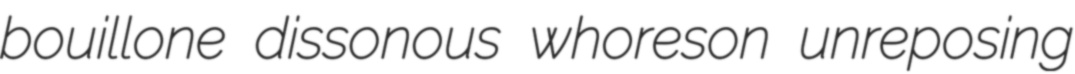
bouillone dissonous whoreson unreposing